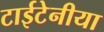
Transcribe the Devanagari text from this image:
टाईटेनीया